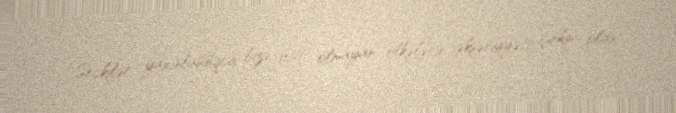
“Seçkilər yaxınlaşdıqca bizə dost olmayan ölkələrin əksəriyyəti çirkin olan